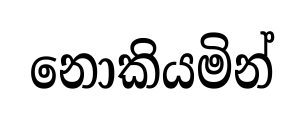
නොකියමින්